Report of the Indian Hemp Drugs Commission, 1894-1895 - Volume V
Year: 1894
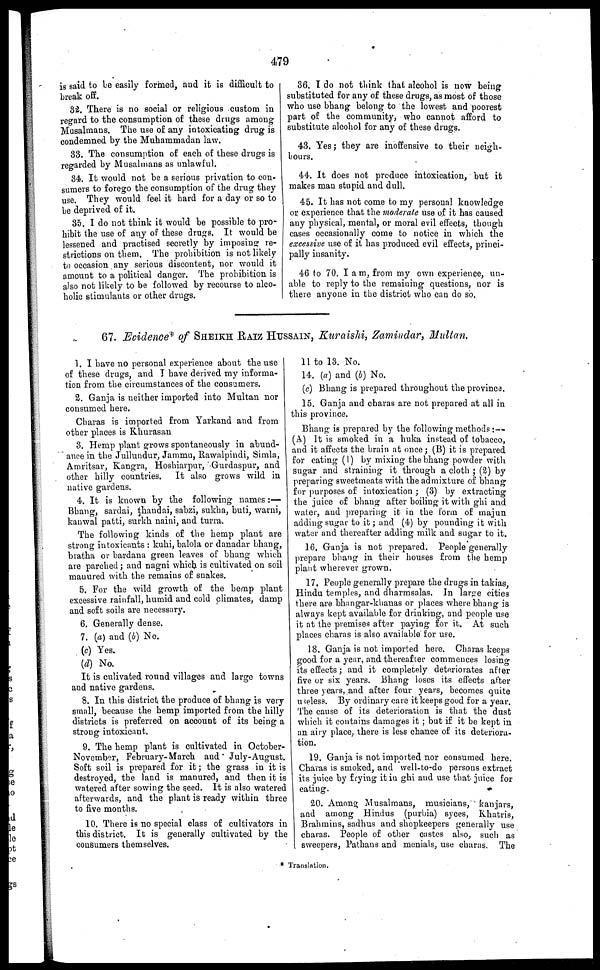
479
is said to be easily formed, and it is difficult to
break off.
82. There is no social or religious custom in
regard to the consumption of these drugs among
Musalmans. The use of any intoxicating drug is
condemned by the Muharamadan law.
88. The consumption of each of these drugs is
regarded by Musalmans as unlawful.
84. It would not be a serious privation to con-
sumers to forego the consumption of the drug they
use. They would feel it hard for a day or so to
be deprived of it.
35. I do not think it would he possible to pro-
hibit the use of any of these drugs. It would be
lessened and practised secretly by imposing re-
strictions on them. The prohibition is not likely
to occasion any serious discontent, nor would it
amount to a political danger. The prohibition is
also not likely to be followed by recourse to alco-
holic stimulants or other drugs.
86. I do not think that alcohol is now being
substituted for any of these drugs, as most of those
who use bhang belong to the lowest and poorest
part of the community, who cannot afford to
substitute alcohol for any of these drugs.
43. Yes; they are inoffensive to their neigh-
bours.
44. It does not produce intoxication, but it
makes man stupid and dull.
45. It has not come to my personal knowledge
or experience that the moderate use of it has caused
any physical, mental, or moral evil effects, though
cases occasionally come to notice in which the
excessive use of it has produced evil effects, princi-
pally insanity.
46 to 70. I am, from my own experience, un-
able to reply to the remaining questions, nor is
there anyone in the district who can do so.
67. Evidence* of SHEIKH RAIZ HUSSAIN, Kuraishi, Zamindar, Multan.
1. I have no personal experience about the use
of these drugs, and I have derived my informa-
tion from the circumstances of the consumers.
1. Ganja is neither imported into Multan nor
consumed here.
Charas is imported from Yarkand and from
other places is Khurasan
3. Hemp plant grows spontaneously in abund-
ance in the Jullundur, Jammu, Rawalpindi, Simla,
Amritsar, Kangra, Hoshiarpur, Gurdaspur, and
other hilly countries. It also grows wild in
native gardens.
4. It is known by the following names :—
Bhang, sardai, thaudai, sabzi, sukha, buti, warni,
kanwal patti, surkh naini, and turra.
The following kinds of the hemp plant are
strong intoxicants : kuhi, balola or danadar bhang,
bratha or bardana green leaves of bhang which
are parched; and nagni which is cultivated on soil
manured with the remains of snakes.
5. For the wild growth of the hemp plant
excessive rainfall, humid and cold climates, damp
and soft soils are necessary.
6. Generally dense.
7. (a) and (b) No.
(c) Yes.
(d) No.
It is culivated round villages and large towns
and native gardens.
8. In this district the produce of bhang is very
small, because the hemp imported from the hilly
districts is preferred on account of its being a
strong intoxicant.
9. The hemp plant is cultivated in October-
November, February-March and July-August.
Soft soil is prepared for it; the grass in it is
destroyed, the laud is manured, and then it is
watered after sowing the seed. It is also watered
afterwards, and the plant is ready within three
to five months.
10. There is no special class of cultivators in
this district. It is generally cultivated by the
consumers themselves.
11 to 13. No.
14. (a) and (b) No.
(c) Bhang is prepared throughout the province.
15. Ganja and charas are not prepared at all in
this province.
Bhang is prepared by the following methods :—
(A) It is smoked in a huka instead of tobacco,
and it affects the brain at once; (B) it is prepared
for eating (1) by mixing the bhang powder with
sugar and straining it through a cloth ; (2) by
preparing sweetmeats with the admixture of bhang
for purposes of intoxication ; (3) by extracting
the juice of bhang after boiling it with ghi and
water, and preparing it in the form of majun
adding sugar to it; and (4) by pounding it with
water and thereafter adding milk and sugar to it.
16. Ganja is not prepared. People generally
prepare bhang in their houses from the hemp
plant wherever grown.
17. People generally prepare the drugs in takias
Hindu temples, and dharmsalas. In large cities
there are bhmgar-khanas or places where bhang is
always kept available for drinking, and people use
it at the premises after paying for it. At such
places charas is also available for use.
18. Ganja is not imported here. Charas keeps
good for a year, and thereafter commences losing
its effects; and it completely deteriorates after
five or six years. Bhang loses its effects after
three years, and after four years, becomes quite
useless. By ordinary care it keeps good for a year.
The cause of its deterioration is that the dust
which it contains damages it ; but if it be kept in
an airy place, there is less chance of its deteriora-
tion.
19. Ganja is not imported nor consumed here.
Charas is smoked, and well-to-do persons extract
its juice by frying it in ghi and use that juice for
eating.
20. Among Musalmans, musicians, kanjars,
and among Hindus (purbia) syces, Khatris,
Brahmins, sadhus and shopkeepers generally use
charas. People of other castes also, such as
sweepers, Pathans and menials, use charas. The
Translation.